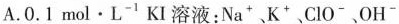
A.0.1 mol·L^{-1}KI溶液:Na^{+} K^{+} ClO^{-}、OH^{-}